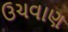
ઉચવાણ